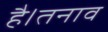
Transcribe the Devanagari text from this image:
है।तनाव